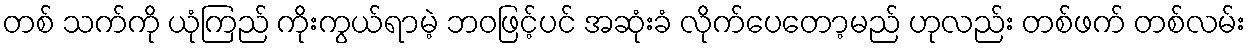
တစ် သက်ကို ယုံကြည် ကိုးကွယ်ရာမဲ့ ဘဝဖြင့်ပင် အဆုံးခံ လိုက်ပေတော့မည် ဟုလည်း တစ်ဖက် တစ်လမ်း